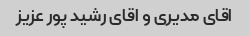
اقای مدیری و اقای رشید پور عزیز